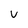
Character: V